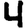
Digit: 4